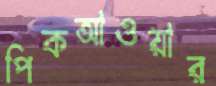
পিকআওয়ার